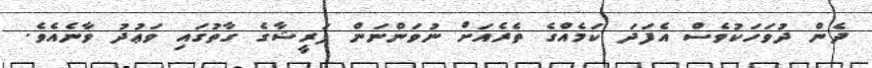
ދެން ދުވަހަކުވެސް އެފަދަ ކަމެއްގެ ތެރެއަށް ނުވަންނަން ފަރީޝާގެ ގާތުގައި ވަޢުދު ވާނެއެވެ.